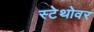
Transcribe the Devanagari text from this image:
स्टेथोवर